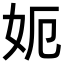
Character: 𡛖